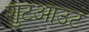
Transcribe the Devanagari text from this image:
शुटआउट